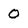
Character: 0